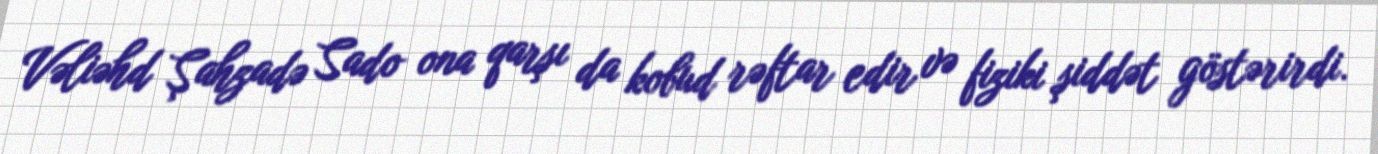
Vəliəhd Şahzadə Sado ona qarşı da kobud rəftar edir və fiziki şiddət göstərirdi.